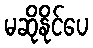
မဆိုနိုင်ပေ